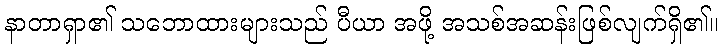
နာတာရှာ၏ သဘောထားများသည် ပီယာ အဖို့ အသစ်အဆန်းဖြစ်လျက်ရှိ၏။